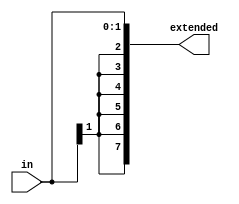
`timescale 1ns / 1ps
//////////////////////////////////////////////////////////////////////////////////
// Company: 
// Engineer: 
// 
// Design Name: 
// Module Name:    SignExtend 
// Project Name: 
// Target Devices: 
// Tool versions: 
// Description: 
//
// Dependencies: 
//
// Revision: 
// Revision 0.01 - File Created
// Additional Comments: 
//
//////////////////////////////////////////////////////////////////////////////////
module SignExtend(
    input [1:0] in,
    output [7:0] extended
    );
	 assign extended = {in[1], in[1], in[1], in[1], in[1], in[1], in[1], in[0]};


endmodule